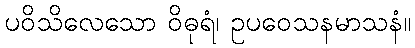
ပဝိသိလေသော ဝိဓုရံ၊ ဥပဝေသနမာသနံ။